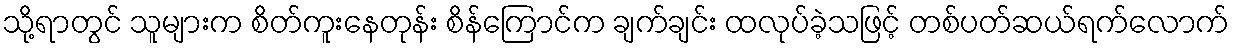
သို့ရာတွင် သူများက စိတ်ကူးနေတုန်း စိန်ကြောင်က ချက်ချင်း ထလုပ်ခဲ့သဖြင့် တစ်ပတ်ဆယ်ရက်လောက်